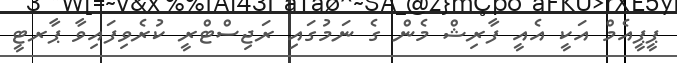
ޕީޕީއެމް އަކީ އެއީ ފާރިޝް މެން ގެ ނަމުގައި ރަޖިސްޓްރީ ކުރެވިފައިވާ ޕާރޓީ